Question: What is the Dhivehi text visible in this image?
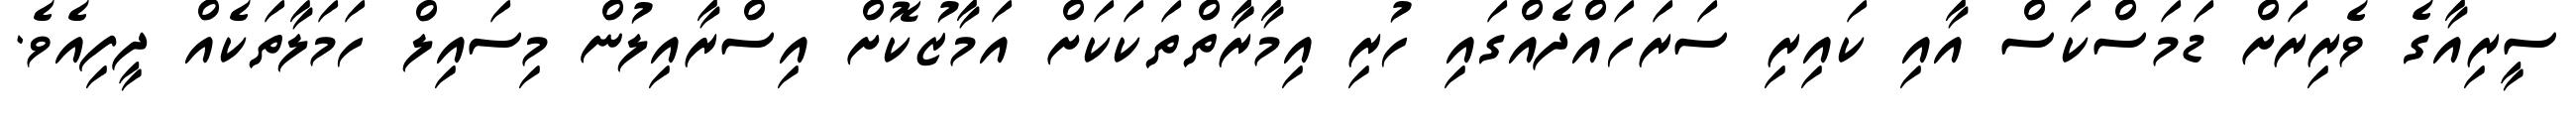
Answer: ސީރިއާގެ ވެރިރަށް ޑަމަސްކަސް އާއި ކައިރި ސަރަހައްދެއްގައި ހުރި އިމާރާާތްތަކަކަށް އަމާޒުކޮށް އިސްރާއިލުން މިސައިލް ހަމަލާތަކެއް ދީފިއެވެ.